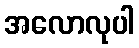
အလောလုပါ